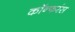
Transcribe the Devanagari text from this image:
कॉन्फरंस